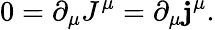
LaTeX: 0=\partial_{\mu}J^{\mu}=\partial_{\mu}\mathbf{j}^{\mu}.